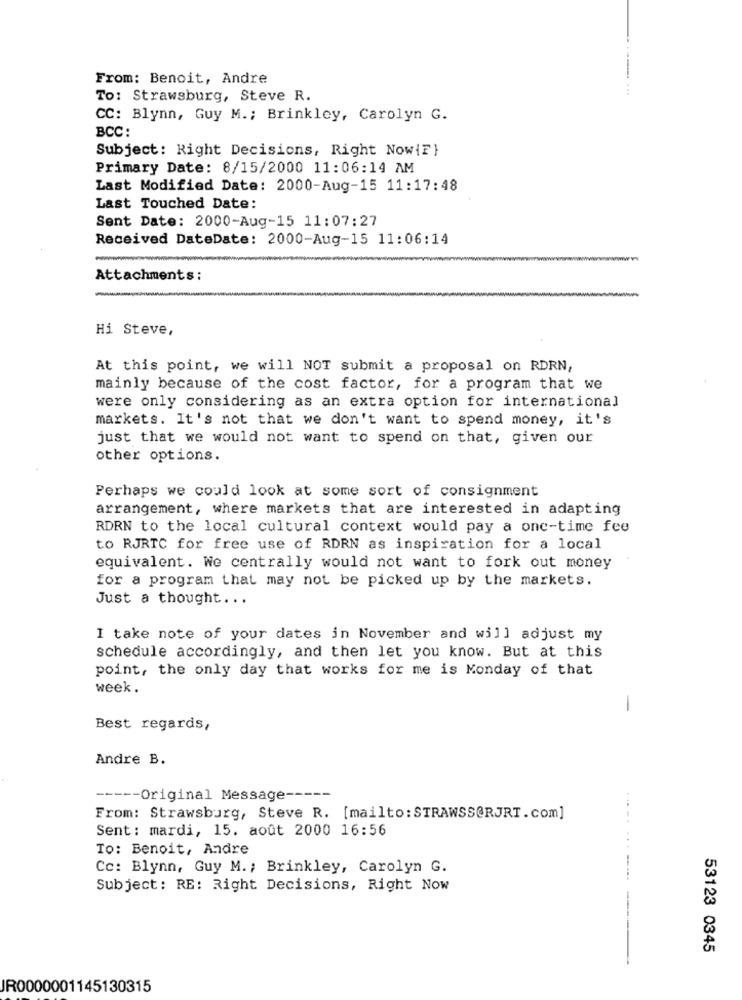
From: Benoit, Andre
To: Strawsburg, Steve R.
CC: Blynn, Guy M .; Brinkley, Carolyn G.
BCC:
Subject: Right Decisions, Right Now{F}
Primary Date: 8/15/2000 11:06:14 AM
Last Modified Date: 2000-Aug-15 11:17:48
Last Touched Date:
Sent Date: 2000-Aug-15 11:07:27
Received DateDate: 2000-Aug-15 11:06:14
Attachments :
Hi Steve,
At this point, we will NOT submit a proposal on RDRN,
mainly because of the cost factor, for a program that we
were only considering as an extra option for international
markets. It's not that we don't want to spend money, it's
just that we would not want to spend on that, given our
other options.
Perhaps we could look at some sort of consignment
arrangement, where markets that are interested in adapting
RDRN to the local cultural context would pay a one-time fee
to RJRTC for free use of RDRN as inspiration for a local
equivalent. We centrally would not want to fork out money
for a program that may not be picked up by the markets.
Just a thought ...
I take note of your dates in November and will adjust my
schedule accordingly, and then let you know. But at this
point, the only day that works for me is Monday of that
week.
-
Best regards,
Andre B.
---- Original Message -----
From: Strawsburg, Steve R. [mailto: STRAWSS@RJRT.com]
Sent : mardi, 15. août 2000 16:56
To: Benoit, Andre
Cc: Blynn, Guy M. ; Brinkley, Carolyn G.
------
Subject: RE: Right Decisions, Right Now
53123 0345
JR0000001145130315